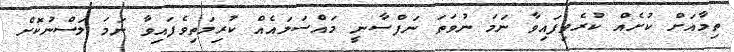
ތިމާއަށް ކުށެއް ކުރެވިފައިވާ ނަމަ ނުވަތަ ނަފްސާނީ މައްސަލައެއް ކުރިމަތިވެފައިވާ ނަމަ ލަސްނުކޮށް